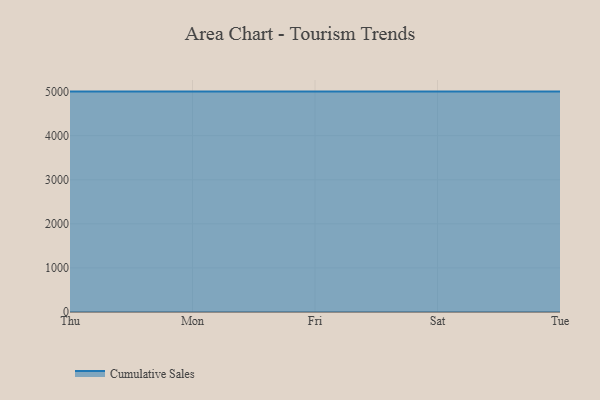
{"axis": {"x": "Day", "y": "Tickets Resolved"}, "legend": ["Cumulative Sales"], "data": [{"x": "Thu", "y": 5000, "type": "Cumulative Sales"}, {"x": "Mon", "y": 5000, "type": "Cumulative Sales"}, {"x": "Fri", "y": 5000, "type": "Cumulative Sales"}, {"x": "Sat", "y": 5000, "type": "Cumulative Sales"}, {"x": "Tue", "y": 5000, "type": "Cumulative Sales"}]}